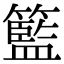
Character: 籃